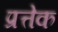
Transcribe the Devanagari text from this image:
प्रत्तेक